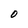
Character: O